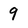
Character: 9